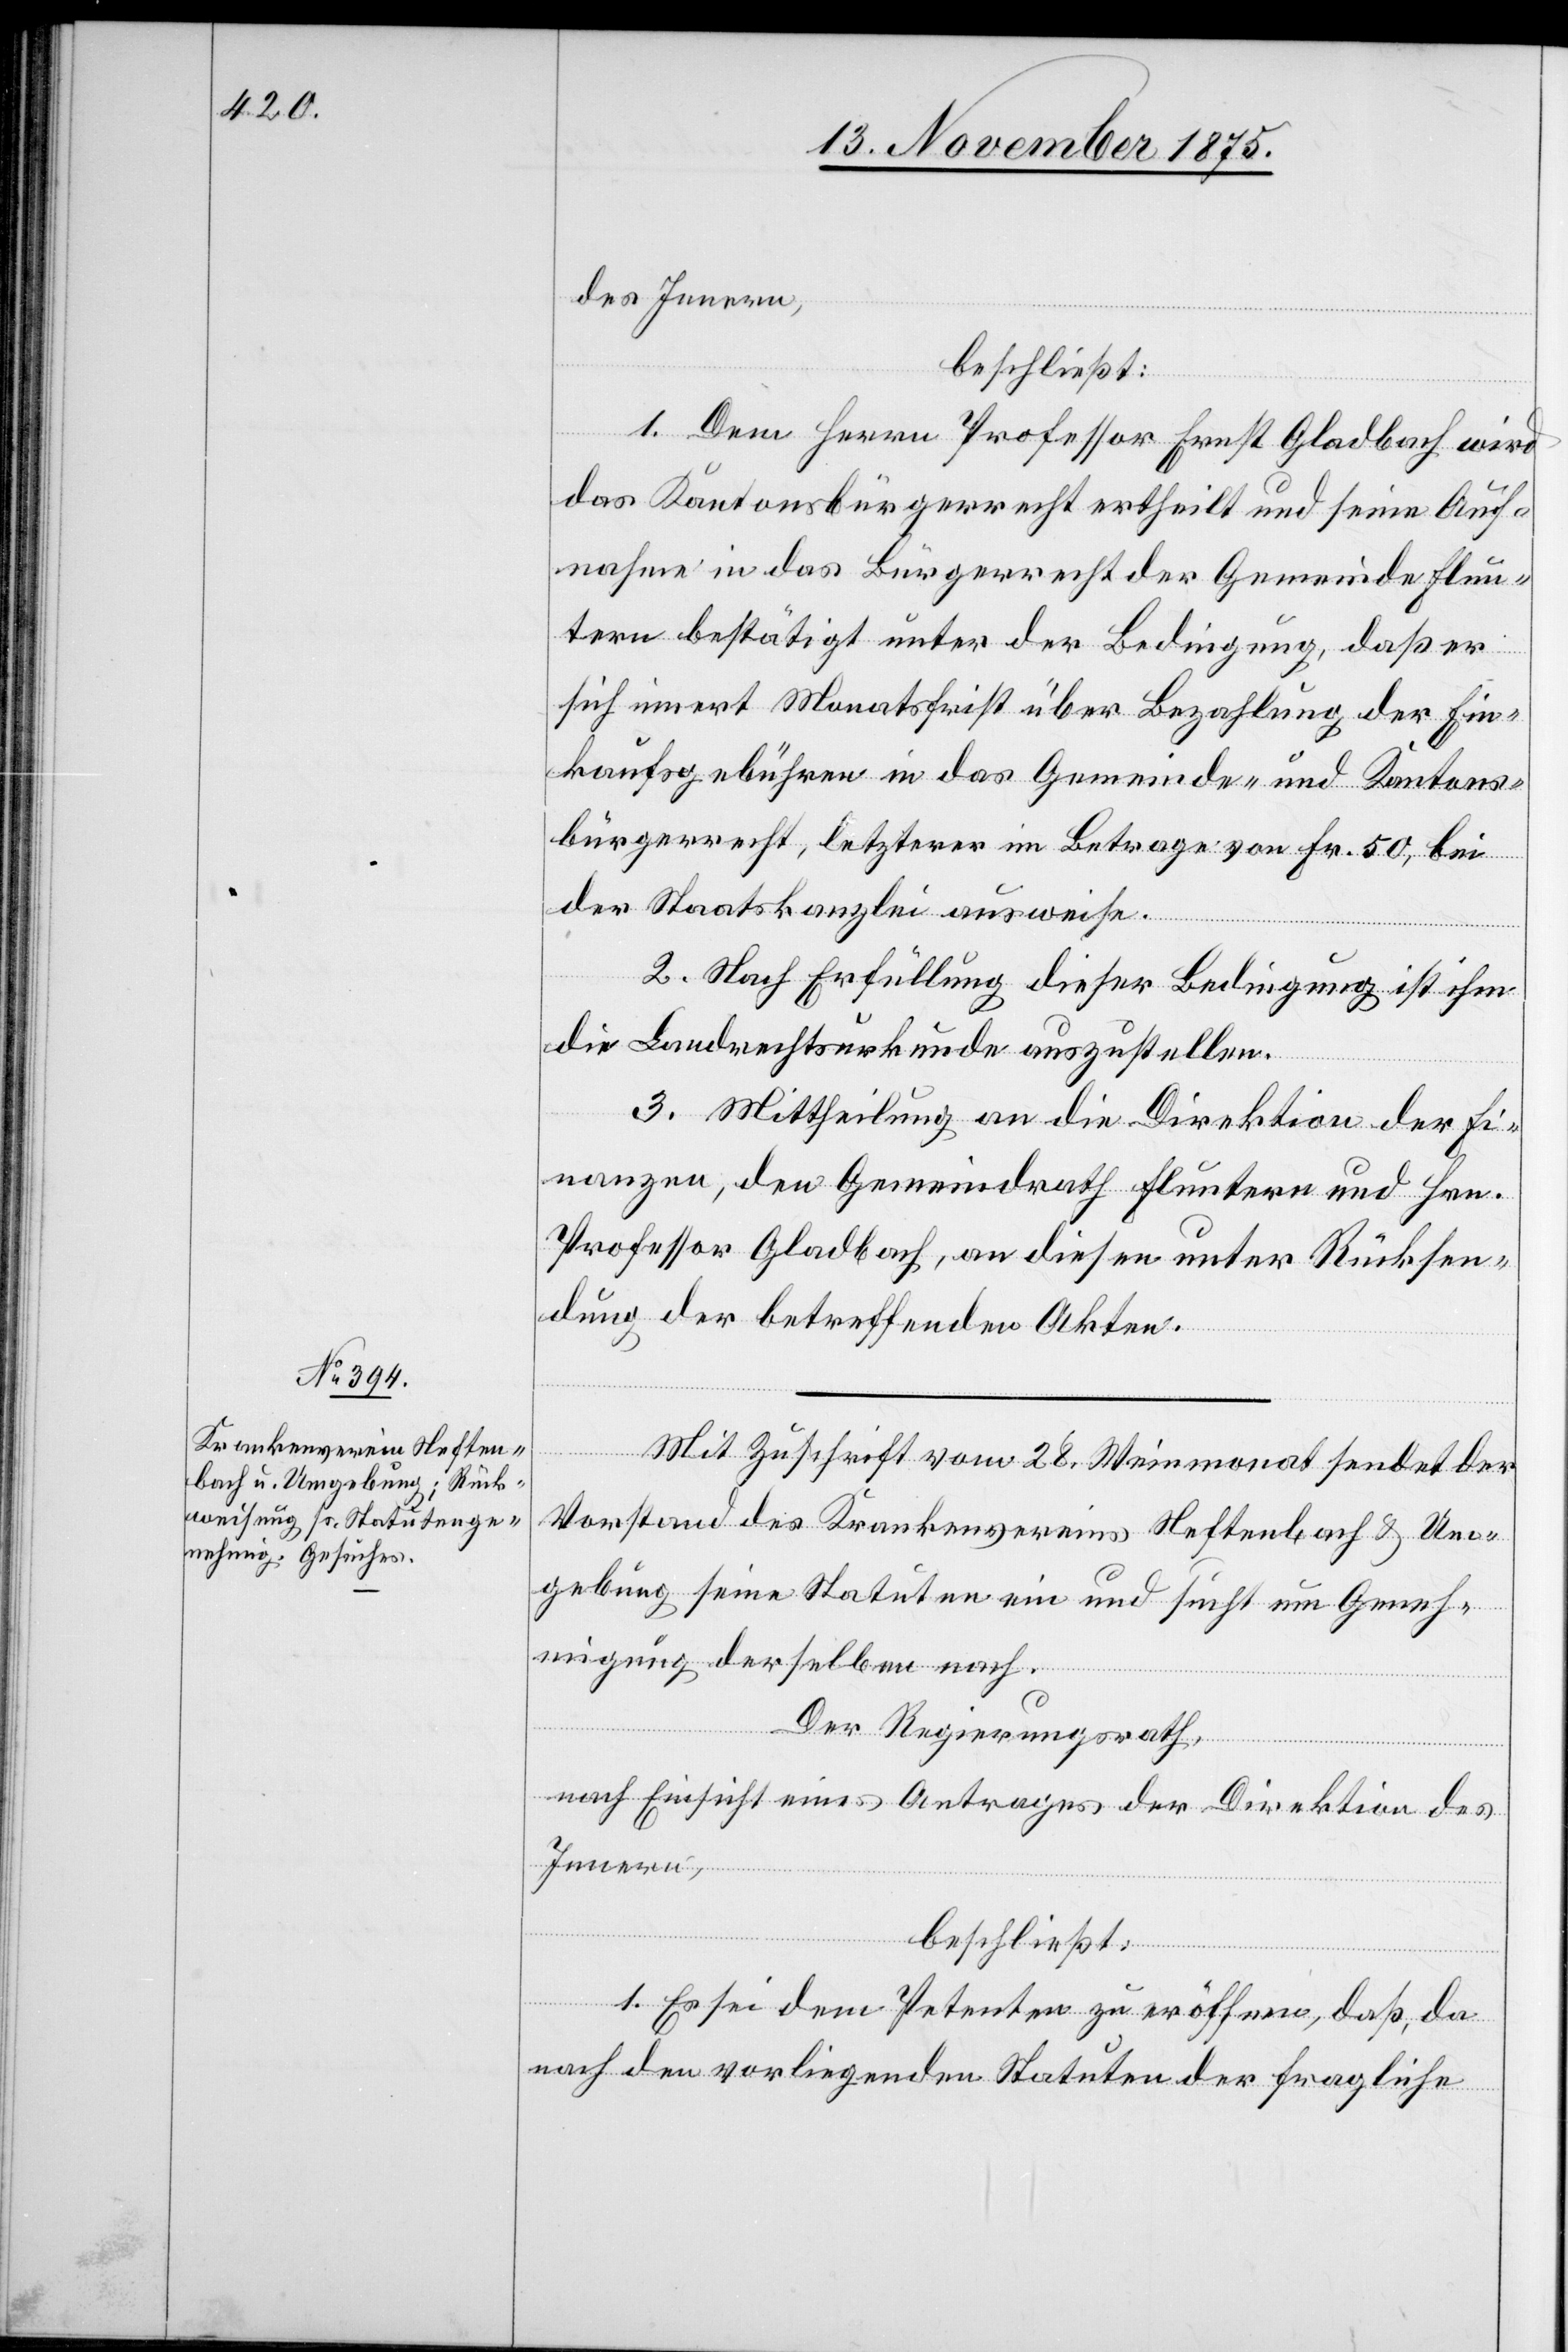
des Innern,
beschließt:
1. Dem Herrn Professor Ernst Gladbach wird
das Kantonsbürgerrecht ertheilt und seine Auf¬
nahme in das Bürgerrecht der Gemeinde Flun¬
tern bestätigt unter der Bedingung, daß er
sich innert Monatsfrist über Bezahlung der Ein¬
kaufsgebühren in das Gemeinde- und Kantons¬
bürgerrecht, letzterer im Betrage von Fr. 50, bei
der Staatskanzlei ausweise.
2. Nach Erfüllung dieser Bedingung ist ihm
die Landrechtsurkunde auszustellen.
3. Mittheilung an die Direktion der Fi¬
nanzen, den Gemeindrath Fluntern und Hrn.
Professor Gladbach, an diesen unter Rücksen¬
dung der betreffenden Akten.
Mit Zuschrift vom 28. Weinmonat sendet der
Vorstand des Krankenvereins Neftenbach & Um¬
gebung seine Statuten ein und sucht um Geneh¬
migung derselben nach.
Der Regierungsrath,
nach Einsicht eines Antrages der Direktion des
Innern,
beschließt:
1. Es sei dem Petenten zu eröffnen, daß, da
nach den vorliegenden Statuten der fragliche